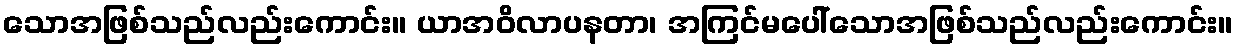
သောအဖြစ်သည်လည်းကောင်း။ ယာအဝိလာပနတာ၊ အကြင်မပေါ်သောအဖြစ်သည်လည်းကောင်း။